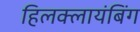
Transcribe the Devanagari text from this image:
हिलक्लायंबिंग